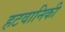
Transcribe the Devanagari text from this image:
हटवानिकी